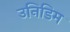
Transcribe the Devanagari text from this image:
उनिडिम